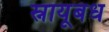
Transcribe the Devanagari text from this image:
स्नायूबंध